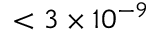
< 3 \times 1 0 ^ { - 9 }